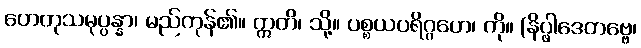
ဟေတုသမုပ္ပန္နာ၊ မည်ကုန်၏။ ဣတိ၊ သို့။ ပစ္စယပရိဂ္ဂဟေ၊ ကို။ (နိပ္ဖါဒေတဗ္ဗေ၊